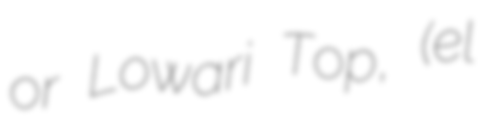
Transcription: or Lowari Top, (el